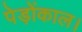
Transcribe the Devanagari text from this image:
पेड़ोंकाल।